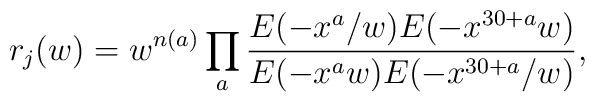
r_j(w) = w^{n(a)} \prod_a \frac{E(-x^a/w) E(-x^{30+a} w)}                                {E(-x^a w) E(-x^{30+a}/w)},